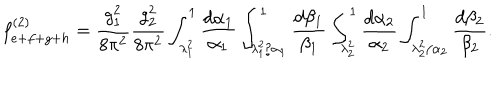
LaTeX: f _ { e + f + g + h } ^ { ( 2 ) } = \frac { g _ { 1 } ^ { 2 } } { 8 \pi ^ { 2 } } \frac { g _ { 2 } ^ { 2 } } { 8 \pi ^ { 2 } } \int _ { \lambda _ { 1 } ^ { 2 } } ^ { 1 } \frac { d \alpha _ { 1 } } { \alpha _ { 1 } } \int _ { \lambda _ { 1 } ^ { 2 } / \alpha _ { 1 } } ^ { 1 } \frac { d \beta _ { 1 } } { \beta _ { 1 } } \int _ { \lambda _ { 2 } ^ { 2 } } ^ { 1 } \frac { d \alpha _ { 2 } } { \alpha _ { 2 } } \int _ { \lambda _ { 2 } ^ { 2 } / \alpha _ { 2 } } ^ { 1 } \frac { d \beta _ { 2 } } { \beta _ { 2 } } .